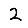
Digit: 2